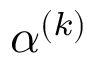
\alpha ^ { ( k ) }